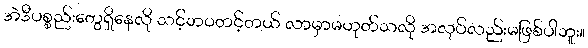
အဲဒီပစ္စည်းတွေရှိနေလို သင့်ဘဝတင့်တယ် လာမှာမဟုတ်သလို အလုပ်လည်းမဖြစ်ပါဘူး။